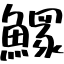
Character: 𩻄